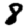
Digit: 8